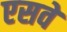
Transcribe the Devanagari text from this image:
एसवे